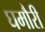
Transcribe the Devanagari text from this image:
घमौरी